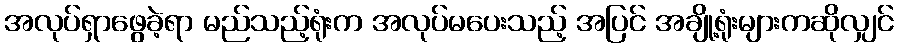
အလုပ်ရှာဖွေခဲ့ရာ မည်သည့်ရုံးက အလုပ်မပေးသည့် အပြင် အချို့ရုံးများကဆိုလျှင်